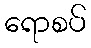
ရောစပ်